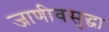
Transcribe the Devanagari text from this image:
जाणीवसुद्धा